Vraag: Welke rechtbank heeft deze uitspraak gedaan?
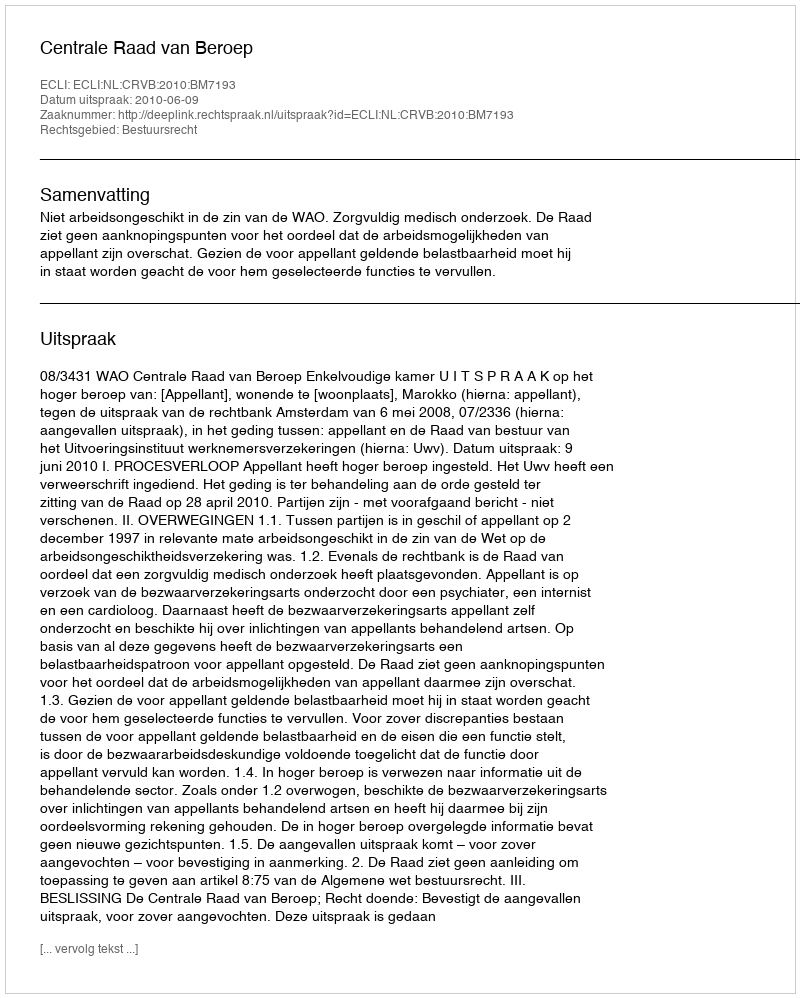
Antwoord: Centrale Raad van Beroep